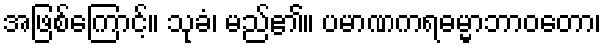
အဖြစ်ကြောင့်။ သုခံ၊ မည်၏။ ပမာဏကရဓမ္မာဘာဝတော၊